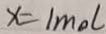
x = 1 m o l